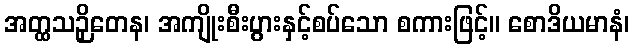
အတ္ထသဉှိတေန၊ အကျိုးစီးပွားနှင့်စပ်သော စကားဖြင့်။ စောဒိယမာနံ၊